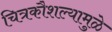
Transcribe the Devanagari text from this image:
चित्रकौशल्यामुळे